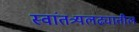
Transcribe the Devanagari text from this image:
स्वांतत्र्यलढ्यातील